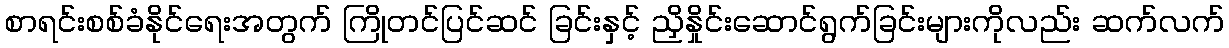
စာရင်းစစ်ခံနိုင်ရေးအတွက် ကြိုတင်ပြင်ဆင် ခြင်းနှင့် ညှိနှိုင်းဆောင်ရွက်ခြင်းများကိုလည်း ဆက်လက်